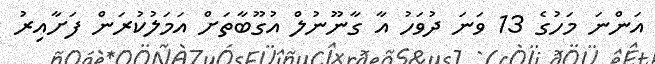
އަންނަ މަހުގެ 13 ވަނަ ދުވަހު އާ ގާނޫނުލް އުގޫބާތަށް އަމަލުކުރަން ފަށާއިރު